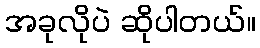
အခုလိုပဲ ဆိုပါတယ်။